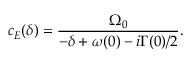
c _ { E } ( \delta ) = \frac { \Omega _ { 0 } } { - \delta + \omega ( 0 ) - i \Gamma ( 0 ) / 2 } .